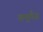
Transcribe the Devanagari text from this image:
अनुगँज